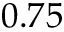
0 . 7 5